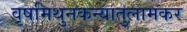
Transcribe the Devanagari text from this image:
वृषमिथुनकन्यातुलामकर